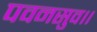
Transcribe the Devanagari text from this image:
पवनसुव।।